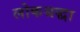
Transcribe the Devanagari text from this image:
लोकश्रद्धा